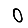
Digit: 0